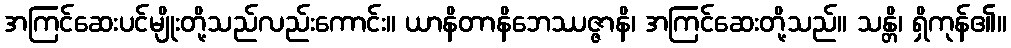
အကြင်ဆေးပင်မျိုးတို့သည်လည်းကောင်း။ ယာနိတာနိဘေဿဇ္ဇာနိ၊ အကြင်ဆေးတို့သည်။ သန္တိ၊ ရှိကုန်၏။